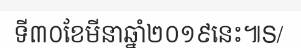
ទី៣០ខែមីនាឆ្នាំ២០១៩នេះ៕S/